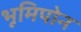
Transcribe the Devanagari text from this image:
भूमिपोन